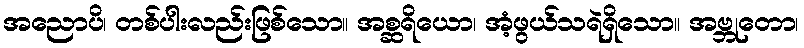
အညောပိ၊ တစ်ပါးလည်းဖြစ်သော။ အစ္ဆရိယော၊ အံ့ဖွယ်သရဲရှိသော။ အဗ္ဘုတော၊